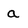
Character: a